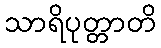
သာရိပုတ္တာတိ